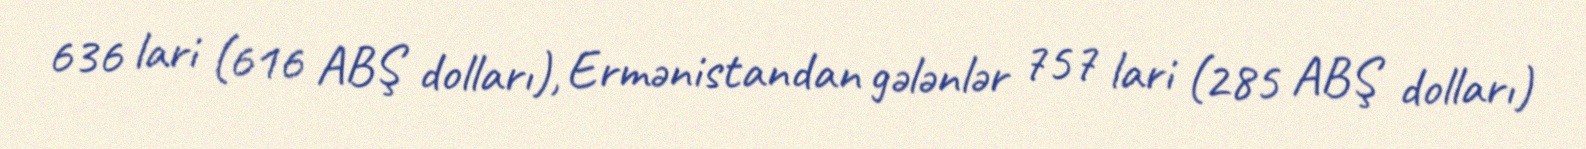
636 lari (616 ABŞ dolları), Ermənistandan gələnlər 757 lari (285 ABŞ dolları)